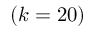
( k = 2 0 )